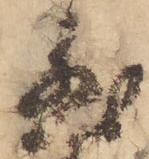
然